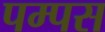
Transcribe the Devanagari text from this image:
पम्पस